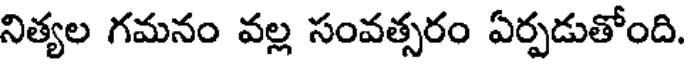
నిత్యల గమనం వల్ల సంవత్సరం ఏర్పడుతోంది.